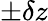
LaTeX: \pm\delta z